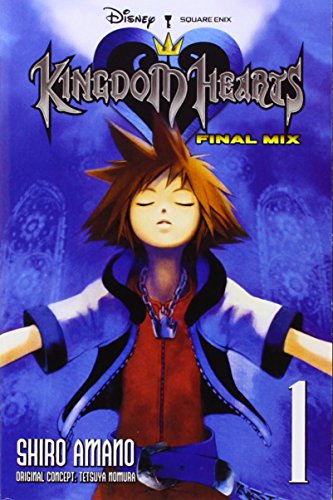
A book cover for Kingdom Hearts: Final Mix, Vol. 1; Comics & Graphic Novels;